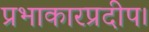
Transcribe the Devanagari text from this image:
प्रभाकारप्रदीप।